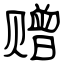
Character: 赠